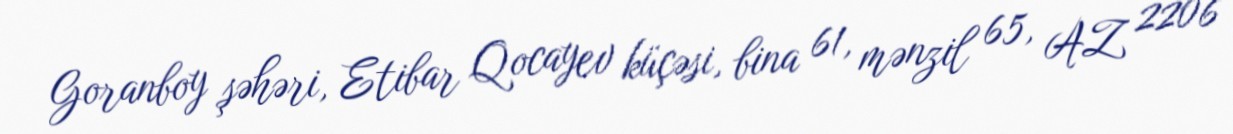
Goranboy şəhəri, Etibar Qocayev küçəsi, bina 61, mənzil 65, AZ 2206